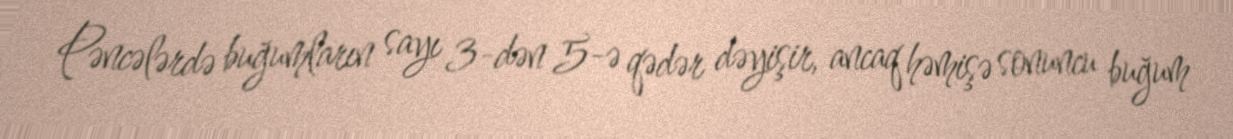
Pəncələrdə buğumların sayı 3-dən 5-ə qədər dəyişir, ancaq həmişə sonuncu buğum